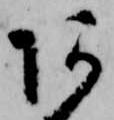
あ